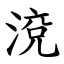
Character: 渷